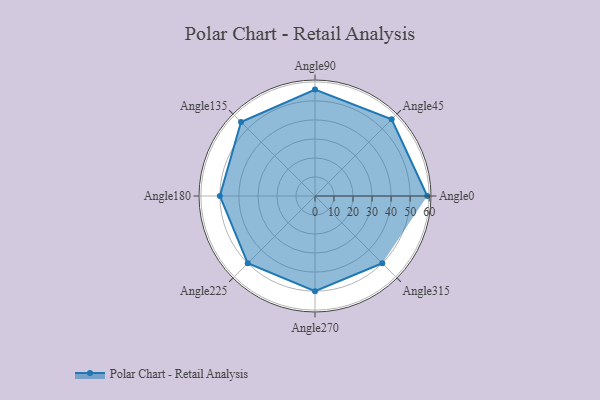
{"axis": {"x": "Angle", "y": "Radius"}, "legend": [""], "data": [{"x": "Angle0", "y": 59.0, "type": ""}, {"x": "Angle45", "y": 57.0, "type": ""}, {"x": "Angle90", "y": 56.0, "type": ""}, {"x": "Angle135", "y": 55.0, "type": ""}, {"x": "Angle180", "y": 50, "type": ""}, {"x": "Angle225", "y": 50, "type": ""}, {"x": "Angle270", "y": 50, "type": ""}, {"x": "Angle315", "y": 50, "type": ""}]}